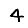
Digit: 4